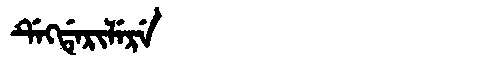
Manchu: ᡩᡝᡴᡩᡝᡵᡳᠯᡝᡵᡝ
Romanization: DEKDERILERE